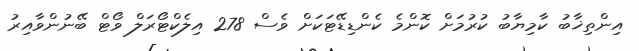
އިންތިޚާބު ކާމިޔާބު ކުުރުމަށް ކޮންމެ ކެންޑިޑޭޓަކަށް ވެސް 278 އިލެކްޓޯރަލް ވޯޓް ބޭނުންވާއިރު